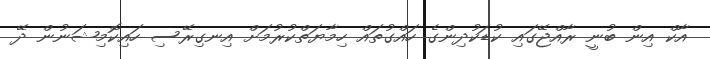
އާކް އިން ބުނީ ރާއްޖޭގައި ކުޑަކުދިންގެ ހައްގުތައް ހިމާޔަތްކުރުމަށް އިނގިރޭސި ހައިކޮމިޝަނުން ދޭ